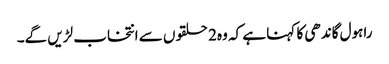
راہول گاندھی کا کہنا ہے کہ وہ2 حلقوں سے انتخاب لڑیں گے۔